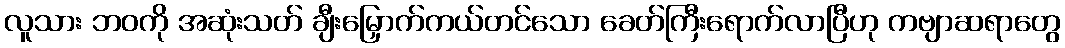
လူသား ဘဝကို အဆုံးသတ် ချီးမြှောက်ကယ်တင်သော ခေတ်ကြီးရောက်လာပြီဟု ကဗျာဆရာတွေ